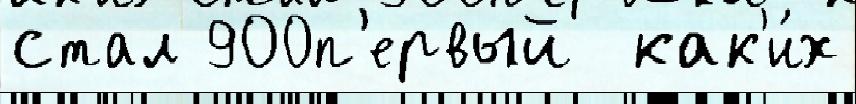
стал 900п'ервый  как'и́х